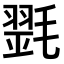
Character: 𣯰